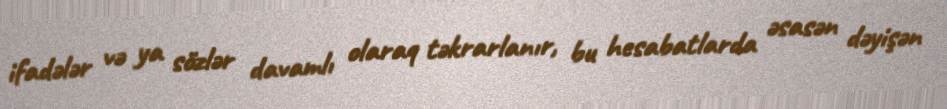
ifadələr və ya sözlər davamlı olaraq təkrarlanır, bu hesabatlarda əsasən dəyişən